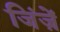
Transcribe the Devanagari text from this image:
जिंज़ें